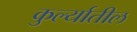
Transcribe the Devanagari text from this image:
कुर्ल्यातील